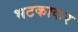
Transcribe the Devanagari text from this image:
भटकाकर